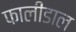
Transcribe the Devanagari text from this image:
फालीडाल